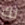
لك